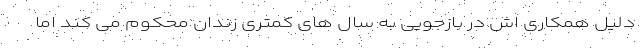
دلیل همکاری اش در بازجویی به سال های کمتری زندان محکوم می کند اما